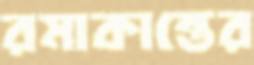
রমাকান্তের